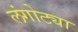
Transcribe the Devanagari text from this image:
लंगोट्या